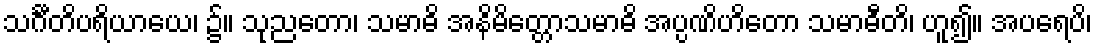
သင်္ဂီတိပရိယာယေ၊ ၌။ သုညတော၊ သမာဓိ အနိမိတ္တောသမာဓိ အပ္ပဏိဟိတော သမာဓီတိ၊ ဟူ၍။ အပရေပိ၊